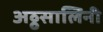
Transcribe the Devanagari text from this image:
अठ्ठसालिनी